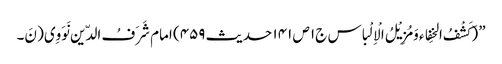
” (کَشْفُ الخِفاء وَمُزِیْلُ الْاِلْباس ج۱ ص ۱۴۱ حدیث ۴۵۹) امام شَرَفُ الدّین نَوَوِی( نَ۔